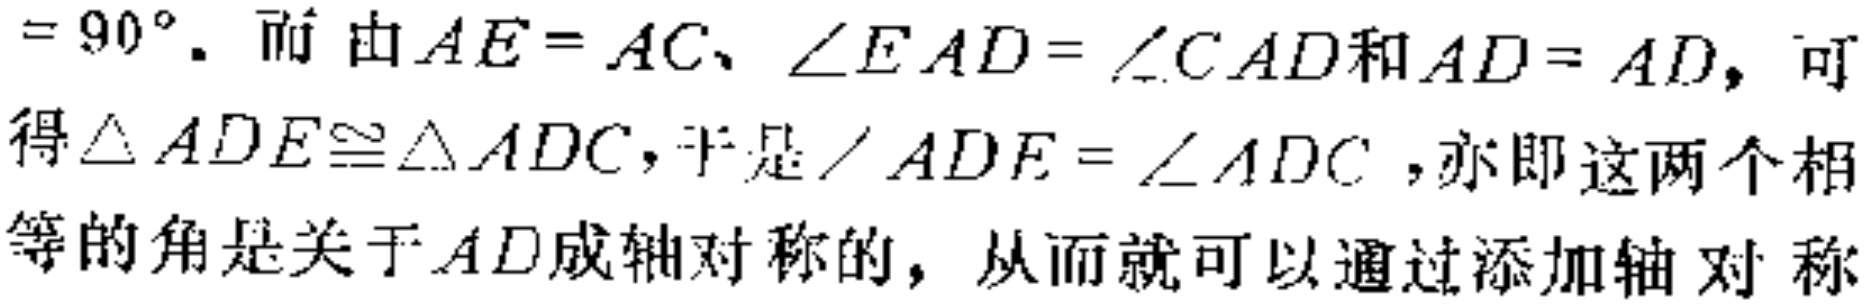
$=90^{\circ}.$ 而由$AE = AC$、$\angle EAD=\angle CAD$和$AD = AD$, 可得$\triangle ADE\cong\triangle ADC$, 于是$\angle ADE=\angle ADC$, 亦即这两个相等的角是关于$AD$成轴对称的, 从而就可以通过添加轴对称